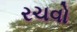
રચવો